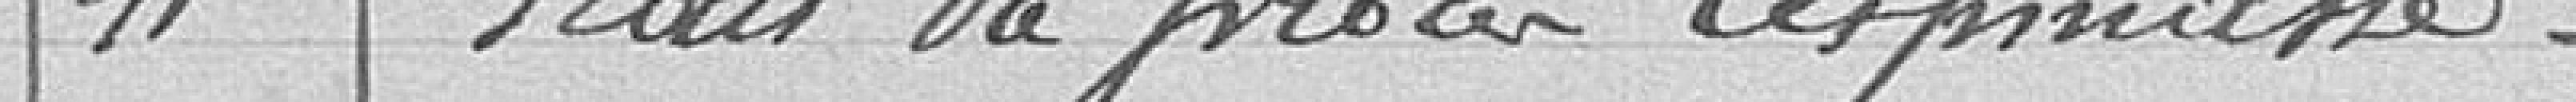
11. Frais de procès LESPINASSE